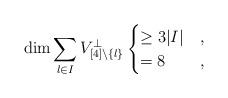
LaTeX: \begin{align*} \dim \sum_{l \in I} V_{[4] \setminus \{ l \}}^\perp \begin{cases} \geq 3 |I| & , \\ = 8 & , \end{cases} \end{align*}